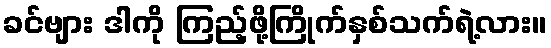
ခင်ဗျား ဒါကို ကြည့်ဖို့ကြိုက်နှစ်သက်ရဲ့လား။